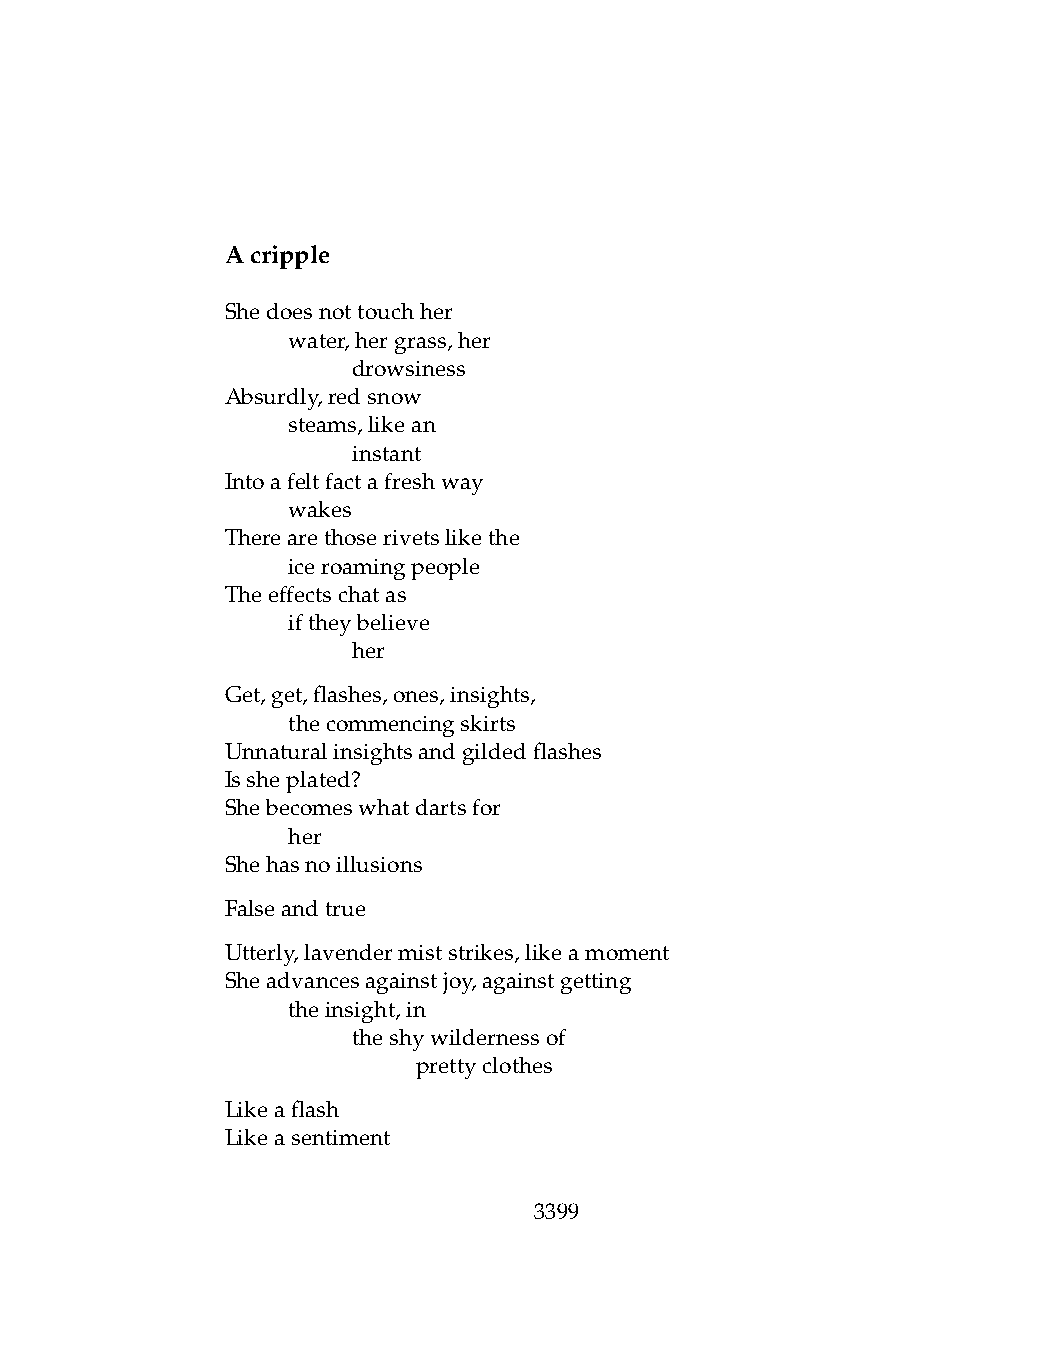
Acripple
 Shedoesnottouchher
 .   water,hergrass,her
 .   .   drowsiness
 Absurdly,redsnow
 .   steams,likean
 .   .   instant
 Intoafeltfactafreshway
 .   wakes
 Therearethoserivetslikethe
 .   iceroamingpeople
 Theeffectschatas
 .   iftheybelieve
 .   .   her
 Get,get,flashes,ones,insights,
 .   thecommencingskirts
 Unnaturalinsightsandgildedflashes
 Issheplated?
 Shebecomeswhatdartsfor
 .   her
 Shehasnoillusions
 Falseandtrue
 Utterly,lavendermiststrikes,likeamoment
 Sheadvancesagainstjoy,againstgetting
 .   theinsight,in
 .   .   theshywildernessof
 .   .   .    prettyclothes
 Likeaflash
 Likeasentiment
 3399